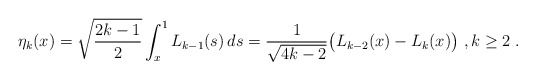
\begin{align*}\eta_k({x})=\sqrt{\frac{2k-1}2}\int_{{x}}^1 L_{k-1}(s)\,{d}s =\frac1{\sqrt{4k-2}}\big(L_{k-2}({x})-L_{k}({x})\big)\ , k \geq 2\;.\end{align*}